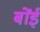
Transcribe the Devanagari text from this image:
बोंई